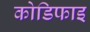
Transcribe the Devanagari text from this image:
कोडिफाइ